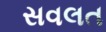
સવલત